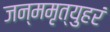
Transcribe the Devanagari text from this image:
जन्ममृत्युहरं